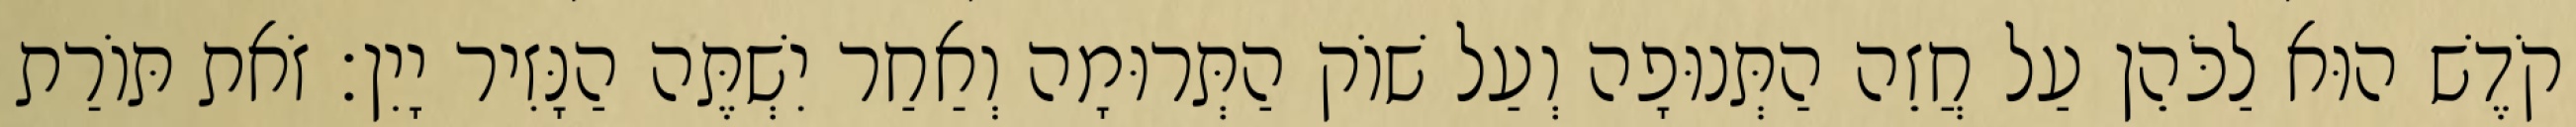
קֹדֶשׁ הוּא לַכֹּהֵן עַל חֲזֵה הַתְּנוּפָה וְעַל שׁוֹק הַתְּרוּמָה וְאַחַר יִשְׁתֶּה הַנָּזִיר יָיִן׃ זֹאת תּוֹרַת